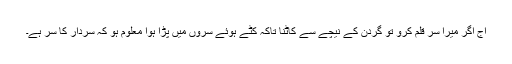
آج اگر میرا سر قلم کرو تو گردن کے نیچے سے کاٹنا تاکہ کٹے ہوئے سروں میں پڑا ہوا معلوم ہو کہ سردار کا سر ہے۔